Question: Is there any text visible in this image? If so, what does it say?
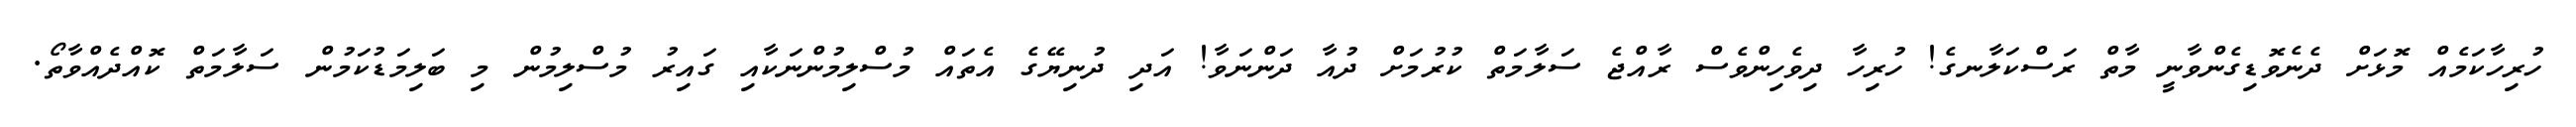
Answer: ހުރިހާކަމެއް މޮޅަށް ދެނެވޮޑިގެންވާނީ މާތް ރަސްކަލާނގެ! ހުރިހާ ދިވެހިންވެސް ރާއްޖެ ސަލާމަތް ކުރުމަށް ދުއާ ދަންނަވާ! އަދި ދުނިޔޭގެ އެތައް މުސްލިމުންނަކާއި ގައިރު މުސްލިމުން މި ބަލިމަޑުކަމުން ސަލާމަތް ކޮއްދެއްވާތޯ.